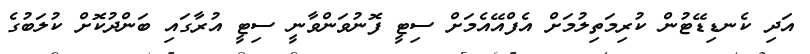
އަދި ކެނޑިޑޭޓުން ކުރިމަތިލުމަށް އެފްއޭއެމަށް ސިޓީ ފޮނުވަންވާނީ ސިޓީ އުރާގައި ބަންދުކޮށް ކުލަބުގެ